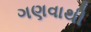
ગણવાથી